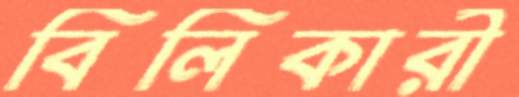
বিলিকারী